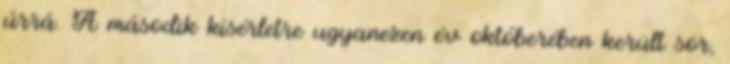
úrrá. A második kísérletre ugyanezen év októberében került sor,